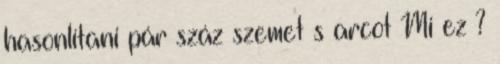
hasonlítani pár száz szemet s arcot Mi ez ?